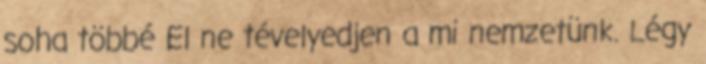
soha többé El ne tévelyedjen a mi nemzetünk. Légy